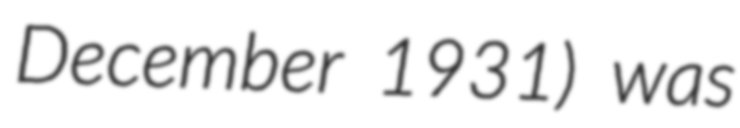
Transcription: December 1931) was